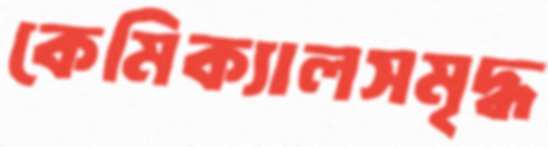
কেমিক্যালসমৃদ্ধ